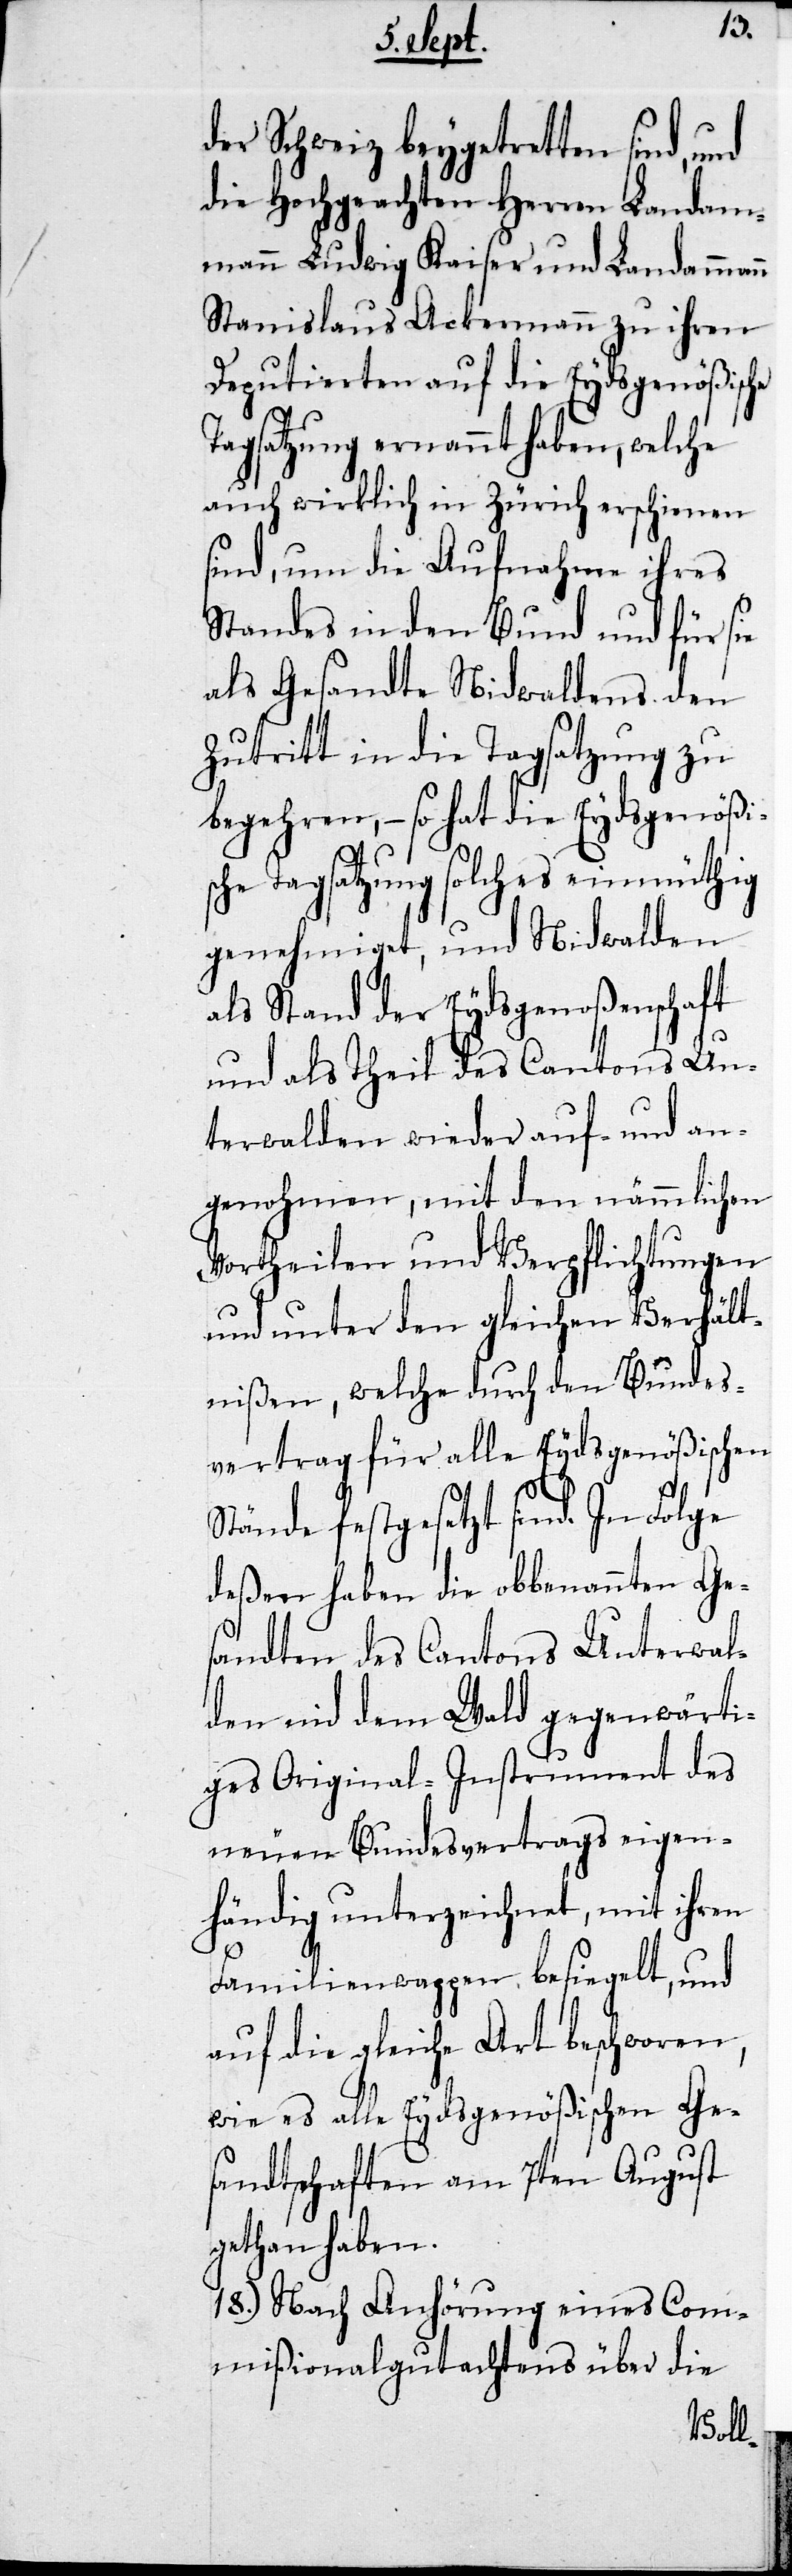
der Schweiz beygetretten sind,
die Hochgeachten Herren Landam¬
mann Ludwig Kaiser und Landamm¬
Stanislaus Ackermann zu ihren
Deputierten auf die Eydsgenößische
Tagsatzung ernannt haben, welche
auch wirklich in Zürich erschienen
sind, um die Aufnahme ihres
Standes in den Bund und für sie
als Gesandte Nidwaldens den
Zutritt in die Tagsatzung zu
begehren, – so hat die Eydsgenößis¬
che Tagsatzung solches einmüthig
genehmiget, und Nidwalden
als Stand der Eydsgenoßenschaft
und als Theil des Cantons Un¬
terwalden wieder auf- und an¬
genohmen, mit den nämmlichen
Vortheilen und Verpflichtungen
und unter den gleichen Verhält¬
nißen, welche durch den Bundes¬
vertrag für alle Eydsgenößischen
Stände festgesetzt sind. In Folge
deßen haben die obbenannten Ge¬
sandten des Cantons Unterwal¬
den nid dem Wald gegenwärti¬
ges Original-Instrument des
neuen Bundesvertrags eigen¬
händig unterzeichnet, mit ihren
Familienwappen besiegelt, und
auf die gleiche Art beschworen,
wie es alle Eydsgenößischen Ge¬
sandtschaften am 7ten August
gethan haben.
18.) Nach Anhörung eines Com¬
mißionalgutachtens über die
ann